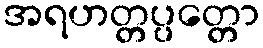
အရဟတ္တပ္ပတ္တော